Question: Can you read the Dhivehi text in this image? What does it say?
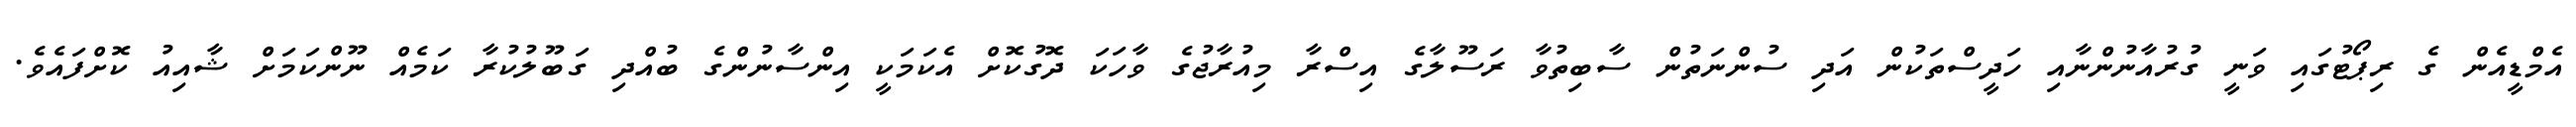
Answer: އެމްޑީއެން ގެ ރިޕޯޓުގައި ވަނީ ގުރުއާނުންނާއި ހަދީސްތަކުން އަދި ސުންނަތުން ސާބިތުވާ ރަސޫލާގެ އިސްރާ މިއުރާޖުގެ ވާހަކަ ދޮގުކޮށް އެކަމަކީ އިންސާނުންގެ ބުއްދި ގަބޫލުކުރާ ކަމެއް ނޫންކަމަށް ޝާއިއު ކޮށްފައެވެ.